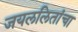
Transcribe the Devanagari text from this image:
जयललितांचा